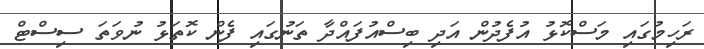
ރަހިމުގައި މަސްކޮޅު އުފެދުން އަދި ބިސްއުފައްދާ ތަނުގައި ފެން ކޮތަޅު ނުވަތަ ސިސްޓް